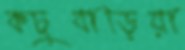
কচুবাড়িয়া